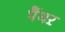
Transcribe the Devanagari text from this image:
पैंथऱ